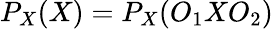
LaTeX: P_{X}(X)=P_{X}(O_{1}XO_{2})